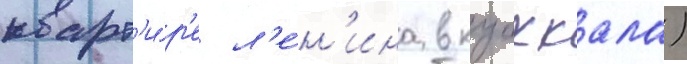
кварт'и́р'е л'е́н'ина в куоккала)